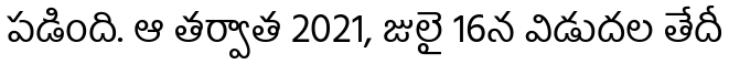
పడింది. ఆ తర్వాత 2021, జులై 16న విడుదల తేదీ